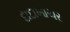
દાદાખાચર